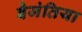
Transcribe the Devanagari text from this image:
बैजंतिया